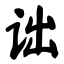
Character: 诎